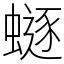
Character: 𧏿